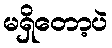
မရှိတော့ပဲ